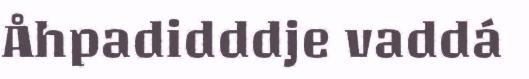
Åhpadidddje vaddá